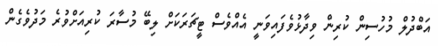
އަބްދުލް މުހުސިން ކުރިން ވިދާޅުވެފައިވަނީ އެއްވެސް ޓީޗަރަކަށް ލިބޭ މުސާރަ ކުރިއަށްވުރެ މަދުވެގެން